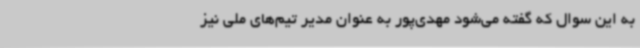
به این سوال که گفته می‌شود مهدی‌پور به عنوان‌ مدیر تیم‌های ملی نیز